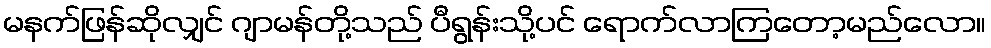
မနက်ဖြန်ဆိုလျှင် ဂျာမန်တို့သည် ပီရွန်းသို့ပင် ရောက်လာကြတော့မည်လော။